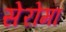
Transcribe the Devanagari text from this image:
सेरोमा